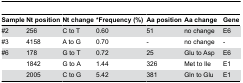
<table><thead><tr><td><b>Sample</b></td><td><b>Nt position</b></td><td><b>Nt change</b></td><td><b>*Frequency (%)</b></td><td><b>Aa position</b></td><td><b>Aa change</b></td><td><b>Gene</b></td></tr></thead><tbody><tr><td>#2</td><td>256</td><td>C to T</td><td>0.60</td><td>51</td><td>no change</td><td>E6</td></tr><tr><td>#3</td><td>4158</td><td>A to G</td><td>0.70</td><td>-</td><td>no change</td><td>-</td></tr><tr><td>#6</td><td>178</td><td>G to T</td><td>0.72</td><td>25</td><td>Glu to Asp</td><td>E6</td></tr><tr><td></td><td>1842</td><td>G to A</td><td>1.44</td><td>326</td><td>Met to Ile</td><td>E1</td></tr><tr><td></td><td>2005</td><td>C to G</td><td>5.42</td><td>381</td><td>Gln to Glu</td><td>E1</td></tr></tbody></table>